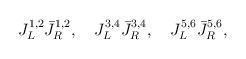
LaTeX: \begin{align*}J_L^{1,2}{\bar J}_R^{1,2},\quad J_L^{3,4}{\bar J}_R^{3,4},\quad J_L^{5,6}{\bar J}_R^{5,6},\end{align*}